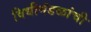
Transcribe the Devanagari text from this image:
विधीमंडळांची